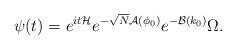
LaTeX: \begin{align*} \psi_{}(t)= e^{it\mathcal{H}}e^{-\sqrt{N}\mathcal{A}(\phi_0)}e^{-\mathcal{B}(k_0)}\Omega.\end{align*}